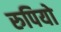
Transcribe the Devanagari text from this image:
रुपियो